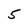
Character: 5